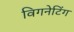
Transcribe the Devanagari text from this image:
विगनेटिंग